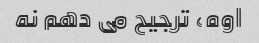
اوه، ترجیح می دهم نه